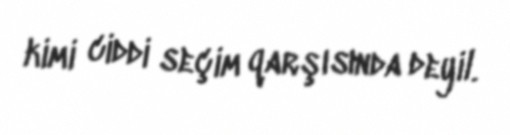
kimi ciddi seçim qarşısında deyil.